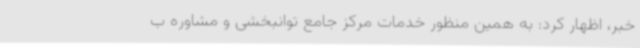
خبر، اظهار کرد: به همین منظور خدمات مرکز جامع توانبخشی و مشاوره ب